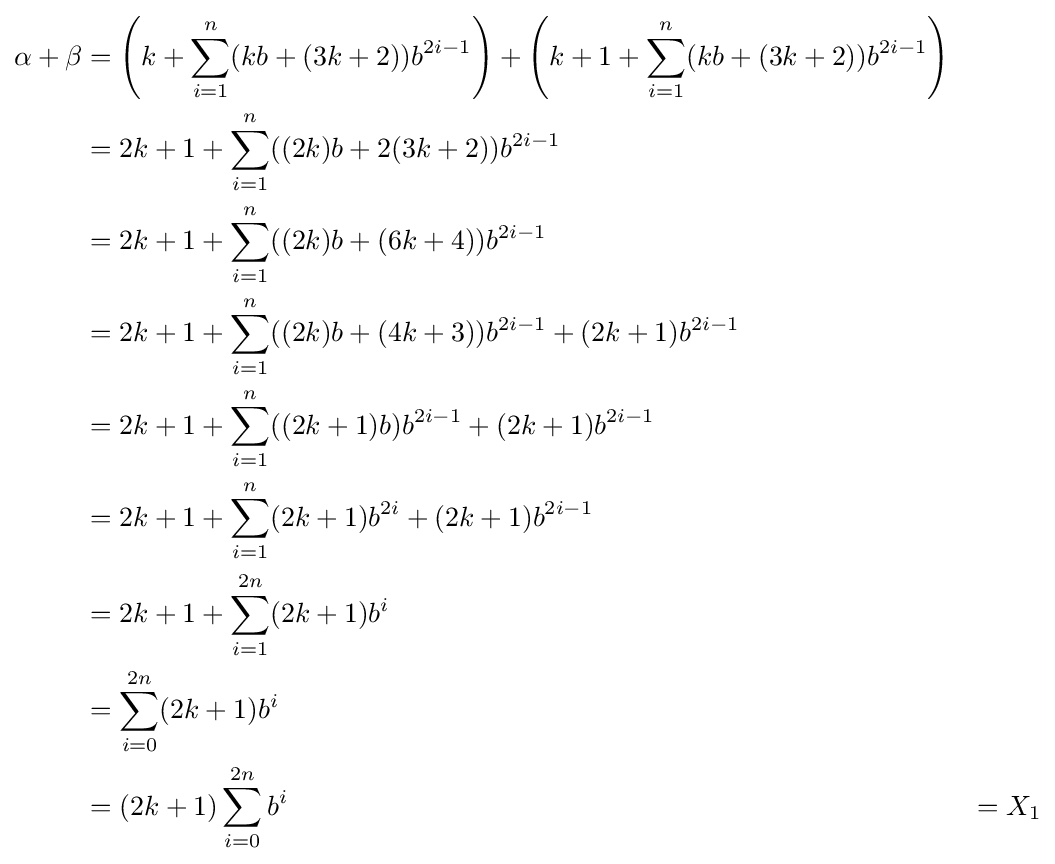
{\begin{aligned}\alpha +\beta &=\left(k+\sum _{i=1}^{n}(kb+(3k+2))b^{2i-1}\right)+\left(k+1+\sum _{i=1}^{n}(kb+(3k+2))b^{2i-1}\right)\\&=2k+1+\sum _{i=1}^{n}((2k)b+2(3k+2))b^{2i-1}\\&=2k+1+\sum _{i=1}^{n}((2k)b+(6k+4))b^{2i-1}\\&=2k+1+\sum _{i=1}^{n}((2k)b+(4k+3))b^{2i-1}+(2k+1)b^{2i-1}\\&=2k+1+\sum _{i=1}^{n}((2k+1)b)b^{2i-1}+(2k+1)b^{2i-1}\\&=2k+1+\sum _{i=1}^{n}(2k+1)b^{2i}+(2k+1)b^{2i-1}\\&=2k+1+\sum _{i=1}^{2n}(2k+1)b^{i}\\&=\sum _{i=0}^{2n}(2k+1)b^{i}\\&=(2k+1)\sum _{i=0}^{2n}b^{i}&=X_{1}\\\end{aligned}}